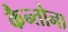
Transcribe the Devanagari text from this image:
कैन्तोना